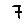
Digit: 7